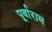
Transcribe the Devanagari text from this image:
पूर्वाराम